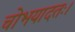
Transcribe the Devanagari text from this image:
चोभयादतः।